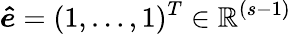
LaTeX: \boldsymbol{\hat{e}}=(1,\ldots,1)^{T}\in\mathbb{R}^{(s-1)}